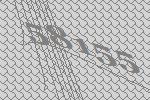
58155